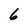
Character: 6